Annual report on the lock hospitals of the Madras Presidency
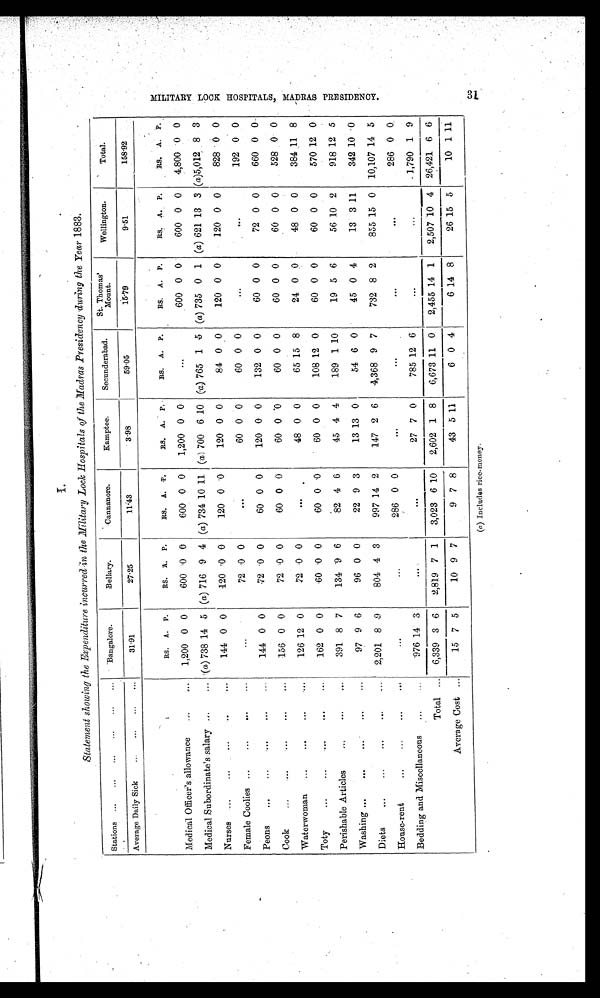
ersaseurst al l esanriall.
I.
Statement showing the Expenditure incurred in the Military Lock Hospitals of the Madras Presidency during the Year 1883.
Stations
...
... .. ... Bangalore.
Bellary.
Cannanore.
Kamptee.
Secunderabad.
St. Thomas'
Mount.
Wellington.
Total.
Average Daily Sick ... ... ... ..
31·91
27·25
1 1 · 4 3
3·98
5 9 · 0 5
1 5 · 7 9
9·51
1 5 8 · 9 2
RS. A. P.
RS. A. P.
RS. A. P.
RS. A. P.
RS. A. P. RS. A. P.
RS. A. P.
RS. A. P.
Medical Officer's allowance ...
... 1,200 0 0
600 0 0
600 0 0 1,200 0 0
... . . . . . .
600 0 0
600 0 0 4,800 0 0
Medical Subordinate's salary ...
... (a) 738 14 5 (a) 716 9 4 (a) 734 10 11 (a)7 0 0 6 10 (a) 765 1 5 (a) 735 0 1 (a) 621 13 3 (a)5,012 8 3
Nurses ....
...
...
..
...
144 0 0
120 0 0
120 0 * 0
120 0 0
84 0 0
120 0 0
120 0 0
828 0 0
Female Coolies ...
...
...
...
. . .
...
72 0 0
. . .
60 0 0
60 0 0
...
...
192 0 0
Peons ... ...
...
...
144 0 0
72 0 0
60 0 0
120 0 0
132 0 0
60 0 0
72 0 0
660 0 0
Cook
...
...
...
...
...
156 0 0
72 0 0
60 0 0
60 0 0
60 0 0
60 0 0
60 0 0
528 0 0
Waterwoman ...
... ....
...
126 12 0
72 0 0
. . .
48 0 0
65 15 8
24 0 0
48 0 0
384 11 8
Toty
...
...
...
...
162 0 0
60 0 0
60 0 0
60 0 0
108 12 0
60 0 0
60 0 0
570 12 0
Perishable Articles
...
...
391 8 7
134 9 6
82 4 6
45 4 4
189 1 10
19 5 6
56 10 2
918 12 5
Washing...
...
...
...
...
97 9 6
96 0 0
22 9 3
13 13 0
54 6 0
45 0 4
13
342 10 0
Diets ...
...
...
... ... 2,201 8 9
804 4 3
997 14 2
147 2 6 4,368 9 7
732 8 2
855 15 0 10,107 14 5
House-rent
...
...
...
...
...
...
286 0 0
. . . . . .
. . .
. . . 286 0 0
Bedding and Miscellaneous ...
...
976 14 3
. . .
. . .
27 7 0
785 12 6
...
...
1,790 1 9
Total ... 6,339 3 6 2,819 7 1 3,023 6 10 2,602 1 8 6,673 11 0 2,455 14 1 2,507
1 0 4 26,421 6 6
Average Cost ...
15 7 5
10 9 7
9 7 8
43 5 11
6 0 4
6 14 8
26 15 5
10 1 11
(a) Includes rice-money.